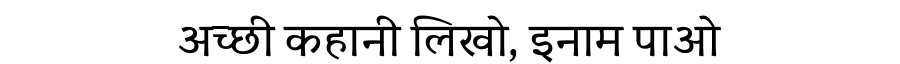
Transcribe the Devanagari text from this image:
अच्छी कहानी लिखो, इनाम पाओ